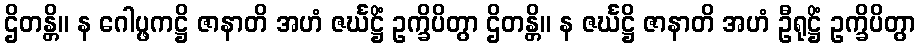
ဌိတန္တိ။ န ဂေါပ္ဖကဋ္ဌိ ဇာနာတိ အဟံ ဇင်္ဃဋ္ဌိံ ဥက္ခိပိတွာ ဌိတန္တိ။ န ဇင်္ဃဋ္ဌိ ဇာနာတိ အဟံ ဦရုဋ္ဌိံ ဥက္ခိပိတွာ